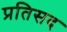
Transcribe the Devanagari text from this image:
प्रतिसद